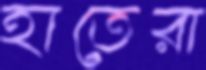
হাতেরা